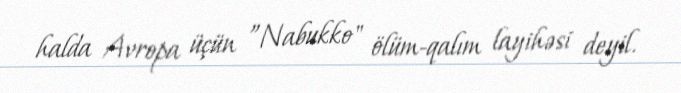
halda Avropa üçün ”Nabukko" ölüm-qalım layihəsi deyil.